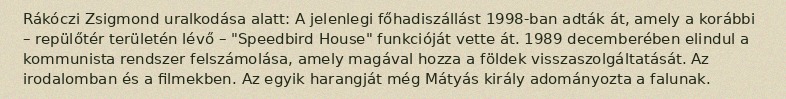
Rákóczi Zsigmond uralkodása alatt: A jelenlegi főhadiszállást 1998-ban adták át, amely a korábbi – repülőtér területén lévő – "Speedbird House" funkcióját vette át. 1989 decemberében elindul a kommunista rendszer felszámolása, amely magával hozza a földek visszaszolgáltatását. Az irodalomban és a filmekben. Az egyik harangját még Mátyás király adományozta a falunak.